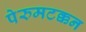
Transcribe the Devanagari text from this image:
पेरुमटक्कन